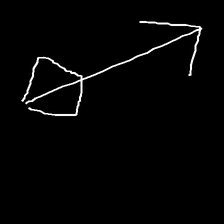
Glyph: focus